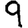
Digit: 9